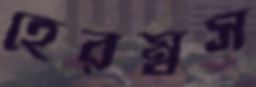
হেরম্বস